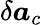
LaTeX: \delta\boldsymbol{a}_{c}